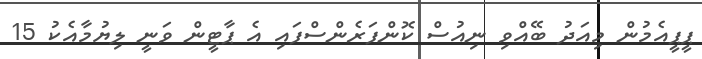
ޕީޕީއެމުން މިއަދު ބޭއްވި ނިއުސް ކޮންފަރެންސްފައި އެ ޕާޓީން ވަނީ ލިޔުމާއެކު 15